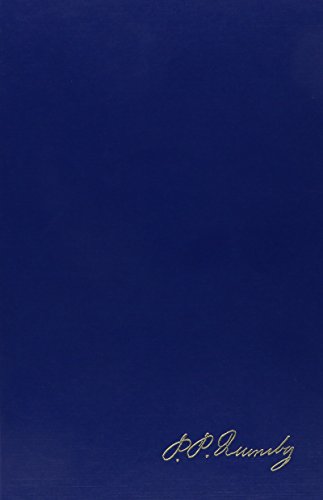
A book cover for The Complete Writings: Vol 2; Phineas Parkhurst Quimby; Christian Books & Bibles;